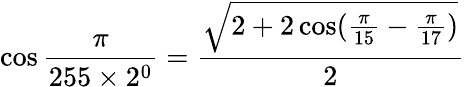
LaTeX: \cos{\frac{\pi}{255\times 2^{0}}}={\frac{\sqrt{2+2\cos({\frac{\pi}{15}}-{\frac{\pi}{17}})}}{2}}